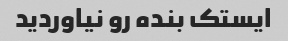
ایستک بنده رو نیاوردید